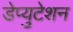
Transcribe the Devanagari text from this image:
डेप्युटेशन